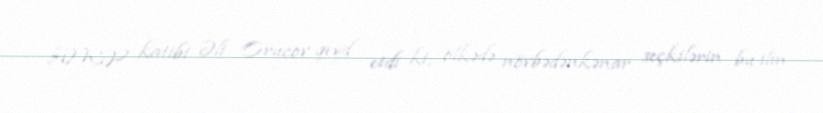
AMİP katibi Əli Orucov qeyd etdi ki, ölkədə növbədənkənar seçkilərin bu ilin